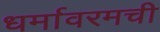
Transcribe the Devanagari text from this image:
धर्मावरमची